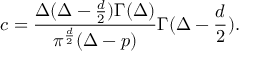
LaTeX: c = { \frac { \Delta ( \Delta - { \frac { d } { 2 } } ) \Gamma ( \Delta ) } { \pi ^ { \frac { d } { 2 } } ( \Delta - p ) } } \Gamma ( \Delta - { \frac { d } { 2 } } ) .